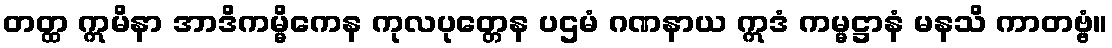
တတ္ထ ဣမိနာ အာဒိကမ္မိကေန ကုလပုတ္တေန ပဌမံ ဂဏနာယ ဣဒံ ကမ္မဋ္ဌာနံ မနသိ ကာတဗ္ဗံ။